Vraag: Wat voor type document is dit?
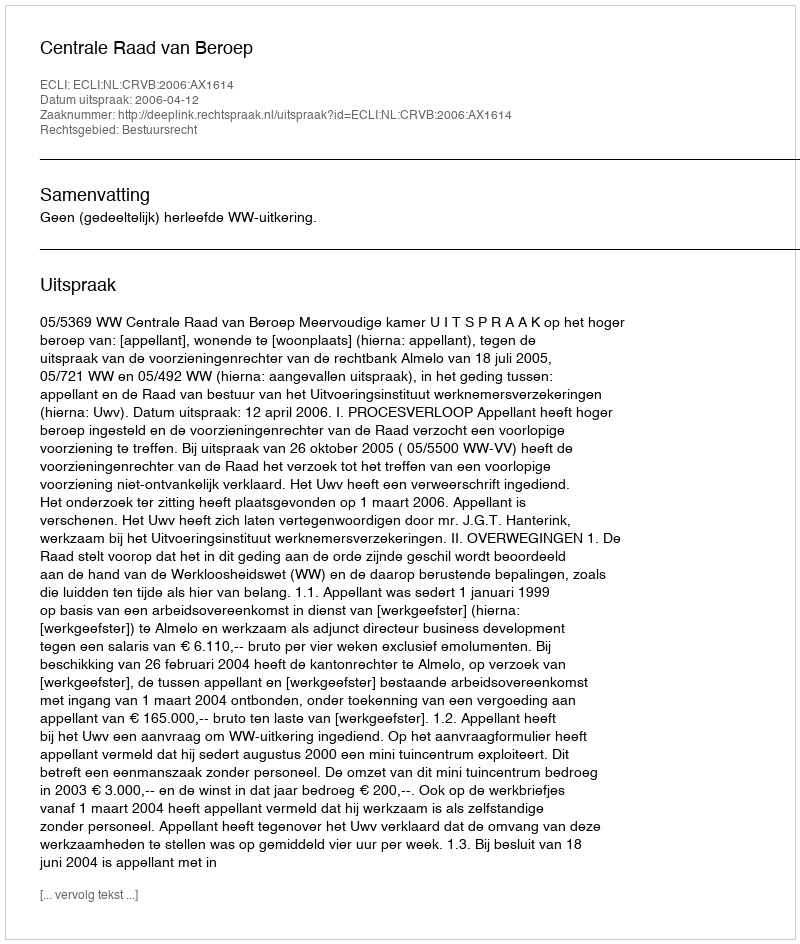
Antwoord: Uitspraak